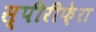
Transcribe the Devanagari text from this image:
स्पीरीफ़ेरा